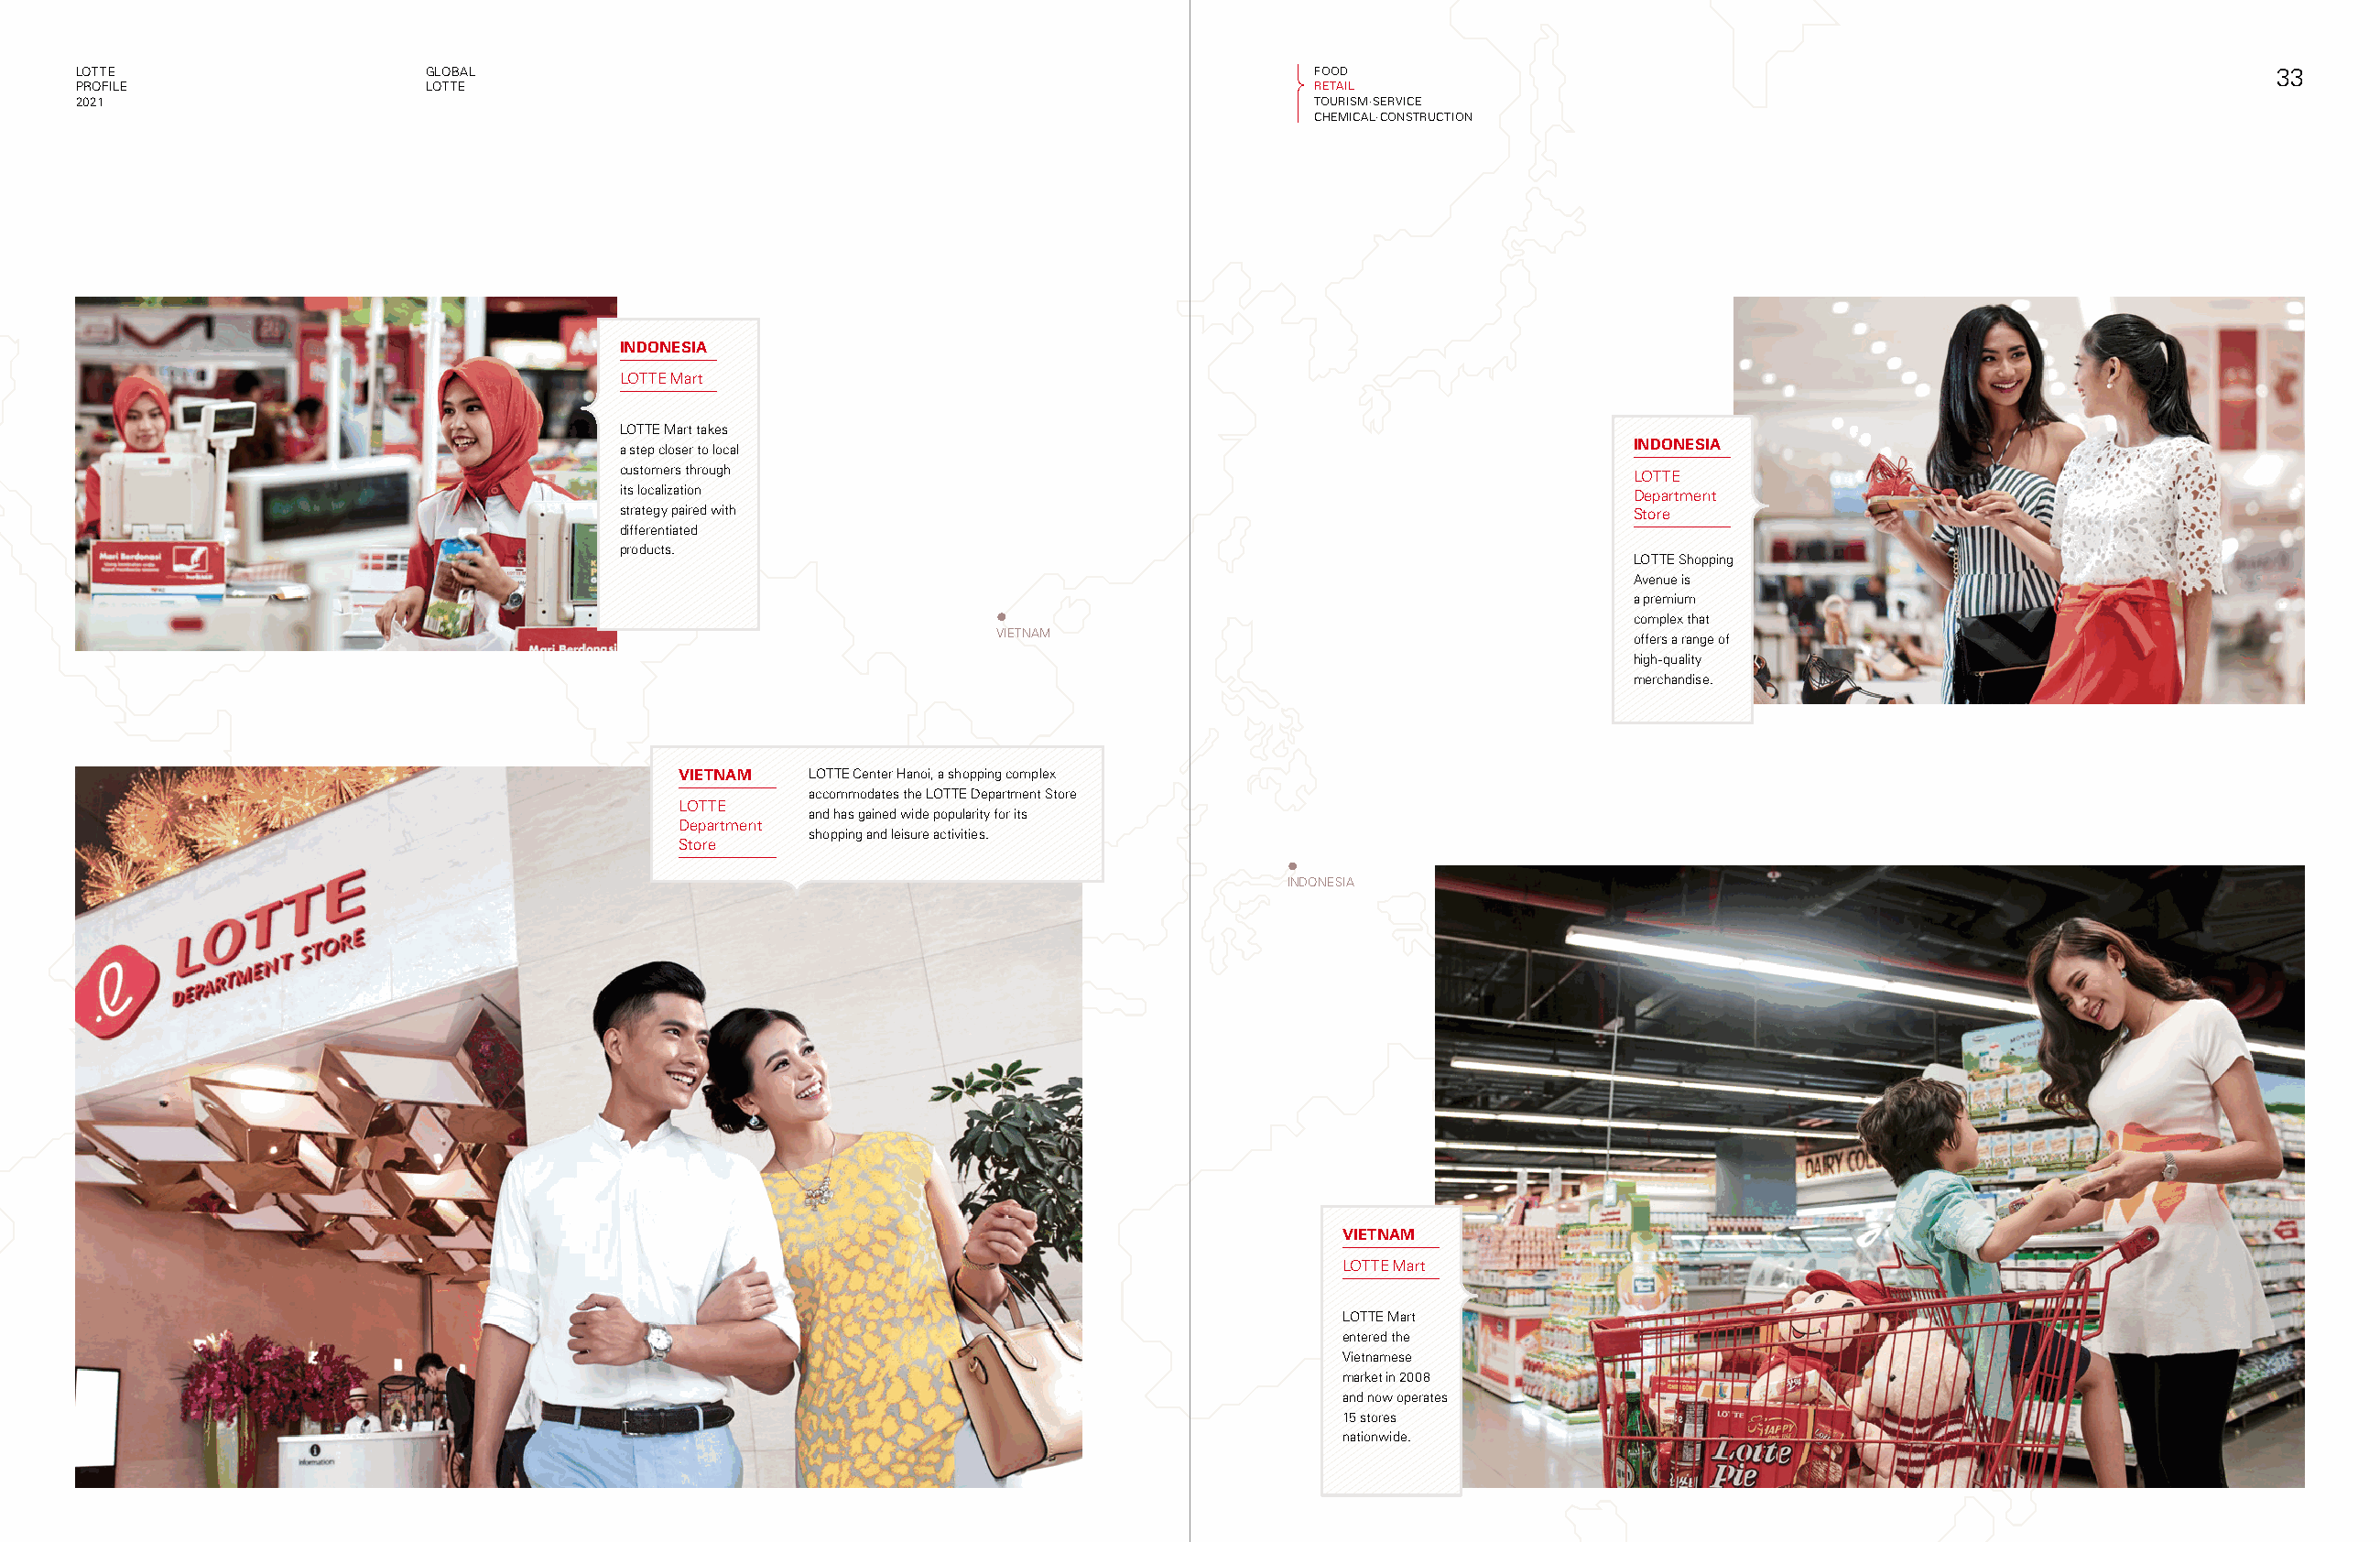
LOTTE                     GLOBAL                                                          FOOD                                                                  33
 PROFILE                   LOTTE                                                           RETAIL
 2021                                                                                      TOURISM·SERVICE
 CHEMICAL·CONSTRUCTION
 INDONESIA
 LOTTE Mart
 LOTTE Mart takes
 a step closer to local                                                   INDONESIA
 customers through                                                        LOTTE
 its localization                                                         Department
 strategy paired with                                                     Store
 differentiated
 products.
 LOTTE Shopping
 Avenue is
 a premium
 complex that
 VIETNAM
 offers a range of
 high-quality
 merchandise.
 VIETNAM  LOTTE Center Hanoi, a shopping complex
 accommodates the LOTTE Department Store
 LOTTE
 and has gained wide popularity for its
 Department
 shopping and leisure activities.
 Store
 INDONESIA
 VIETNAM
 LOTTE Mart
 LOTTE Mart
 entered the
 Vietnamese
 market in 2008
 and now operates
 15 stores
 nationwide.